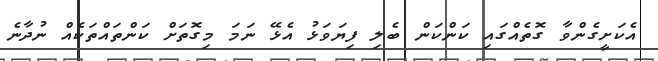
އެކަށީގެންވާ ގޮތެއްގައި ކަންކަން ބެލި ފިޔަވަޅު އެޅޭ ނަމަ މިގޮތަށް ކަންތައްތަކެއް ނުދާނެ